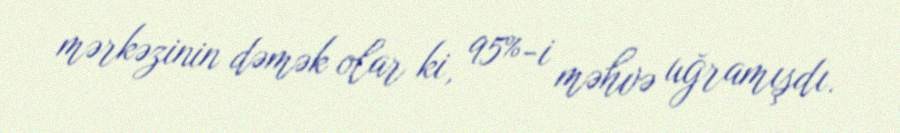
mərkəzinin dəmək olar ki, 95%-i məhvə uğramışdı.